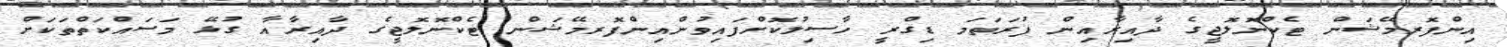
އިންފޮރމޭޝަން ޓެކްނޮލޮޖީގެ ދާއިރާއިން ފުރަތަމަ ޑިގްރީ ހާސިލުކޮށްފައިވުންއިންފޮރމޭޝަން ޓެކްނޮލޮޖީގެ ދާއިރާއާ ގުޅޭ މަސައްކަތްތަކަށް